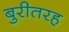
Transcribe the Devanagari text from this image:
बुरीतरह